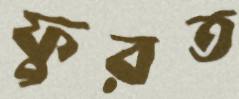
ফুরত